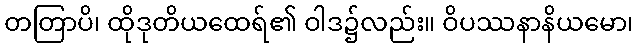
တတြာပိ၊ ထိုဒုတိယထေရ်၏ ဝါဒ၌လည်း။ ဝိပဿနာနိယမော၊